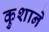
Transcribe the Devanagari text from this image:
कुशाने